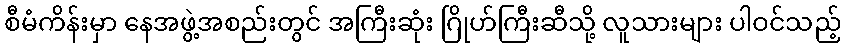
စီမံကိန်းမှာ နေအဖွဲ့အစည်းတွင် အကြီးဆုံး ဂြိုဟ်ကြီးဆီသို့ လူသားများ ပါဝင်သည့်